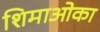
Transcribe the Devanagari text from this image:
शिमाओका